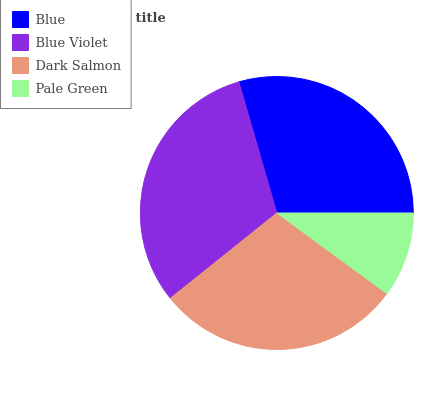
| Blue | Blue Violet | Dark Salmon | Pale Green |
 | --- | --- | --- | --- |
 | 29.5% | 31.2% | 29.2% | 10.1% |